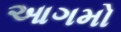
આગમો